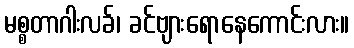
မစ္စတာဂါးလခ်၊ ခင်ဗျားရောနေကောင်းလား။